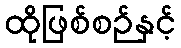
ထိုဖြစ်စဉ်နှင့်